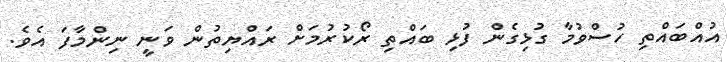
އުއްބައްތި ހުސްވުމާ ގުޅިގެން ފުޅި ބައްތި ރޯކުރުމަށް ރައްޔިތުން ވަނީ ނިންމާފަ އެވެ.